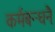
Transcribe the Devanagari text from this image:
कर्मबन्धनैः